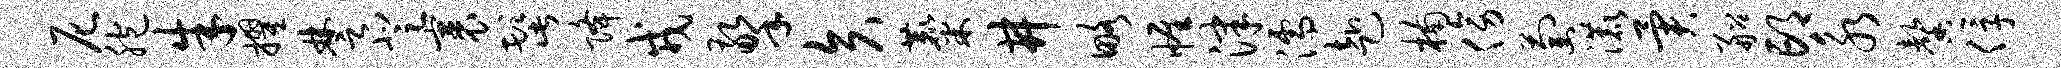
尼胞朱擢楚登裹髭降戎擎矢麋井略帷津濡赴楠傍萄漉异船邙永馨俘